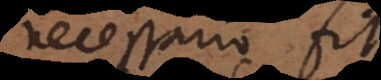
necessario fit